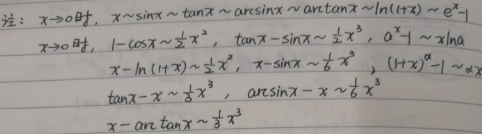
注：当\(x \to 0\) 时，有以下等价无穷小关系：
\[
\begin{align*}
&x\sim\sin x\sim\tan x\sim\arcsin x\sim\arctan x\sim\ln(1 + x)\sim e^{x}-1\\
&1 - \cos x\sim\frac{1}{2}x^{2}\\
&\tan x-\sin x\sim\frac{1}{2}x^{3}\\
&a^{x}-1\sim x\ln a\\
&x-\ln(1 + x)\sim\frac{1}{2}x^{2}\\
&x - \sin x\sim\frac{1}{6}x^{3}\\
&(1 + x)^{\alpha}-1\sim\alpha x\\
&\tan x - x\sim\frac{1}{3}x^{3}\\
&\arcsin x - x\sim\frac{1}{6}x^{3}\\
&x-\arctan x\sim\frac{1}{3}x^{3}
\end{align*}
\]